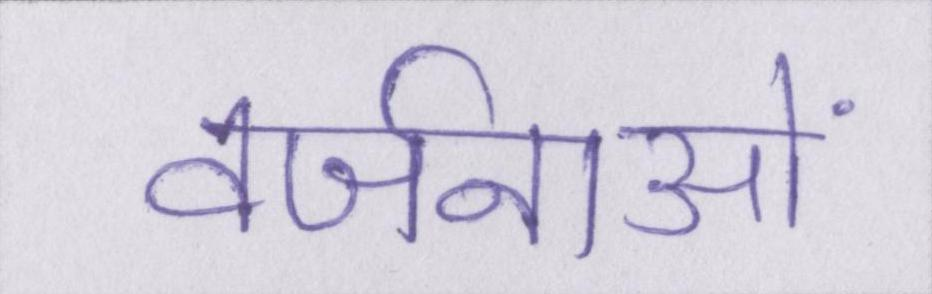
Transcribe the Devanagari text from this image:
वर्जनाओं